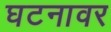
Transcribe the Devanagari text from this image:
घटनावर